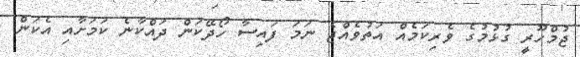
ޖުމްހޫރީ ގުޅުމުގެ ވެރިކަމެއް އަތުވެއްޖެ ނަމަ ފައިސާ ހޯދޭކަން ދައްކާނެ ކަމަށާއި އެކަން